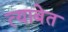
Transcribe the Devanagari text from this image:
त्याबेत